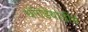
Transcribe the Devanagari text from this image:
धोंगडेवाडीचे